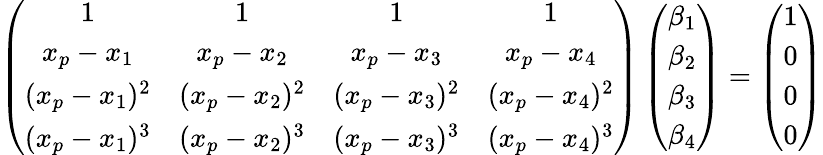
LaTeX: \left(\begin{array}{cccc}{1}&{1}&{1}&{1}\\ {x_{p}-x_{1}}&{x_{p}-x_{2}}&{x_{p}-x_{3}}&{x_{p}-x_{4}}\\ {(x_{p}-x_{1})^{2}}&{(x_{p}-x_{2})^{2}}&{(x_{p}-x_{3})^{2}}&{(x_{p}-x_{4})^{2}}\\ {(x_{p}-x_{1})^{3}}&{(x_{p}-x_{2})^{3}}&{(x_{p}-x_{3})^{3}}&{(x_{p}-x_{4})^{3}}\end{array}\right)\left(\begin{array}{c}{\beta_{1}}\\ {\beta_{2}}\\ {\beta_{3}}\\ {\beta_{4}}\end{array}\right)=\left(\begin{array}{c}{1}\\ {0}\\ {0}\\ {0}\end{array}\right)